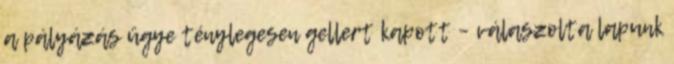
a pályázás ügye ténylegesen gellert kapott – válaszolta lapunk